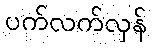
ပက်လက်လှန်